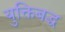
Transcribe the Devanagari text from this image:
युक्तिबद्ध